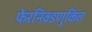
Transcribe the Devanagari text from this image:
फेरनिवडणुकित